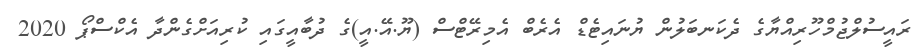
ރައީސުލްޖުމްހޫރިއްޔާގެ ދެކަނބަލުން ޔުނައިޓެޑް އެރެބް އެމިރޭޓްސް (ޔޫ.އޭ.އީ)ގެ ދުބާއީގައި ކުރިއަށްގެންދާ އެކްސްޕޯ 2020